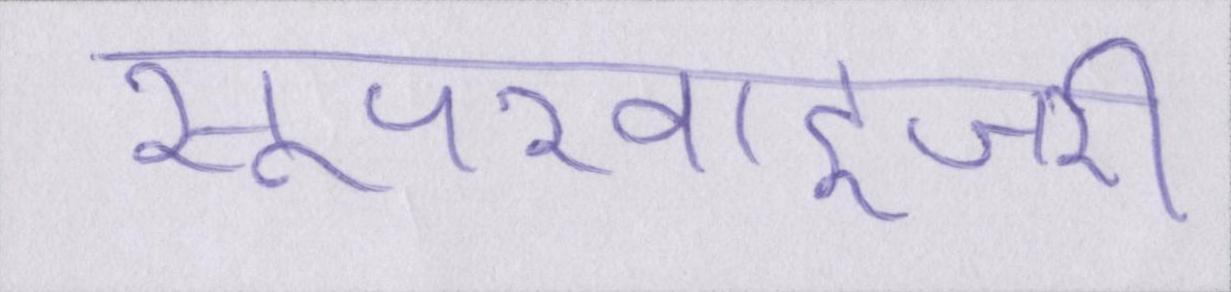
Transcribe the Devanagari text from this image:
सुपरवाइजरी